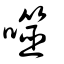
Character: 噬